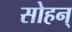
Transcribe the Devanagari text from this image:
सोहन्